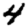
Digit: 4